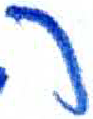
אות: ר